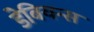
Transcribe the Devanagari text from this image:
डेबियन्स